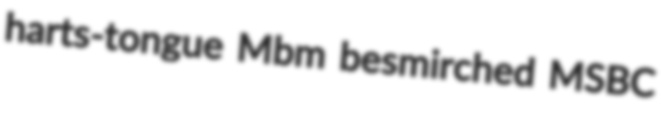
harts-tongue Mbm besmirched MSBC